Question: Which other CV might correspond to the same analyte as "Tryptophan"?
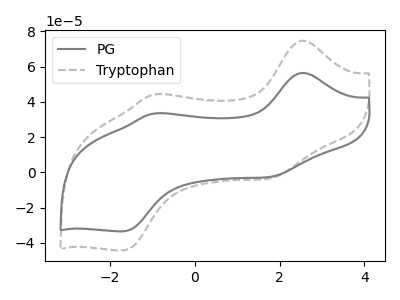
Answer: <think>The gray curve "PG" has anodic peaks at (2.50V, 56.45uA) (-0.95V, 33.45uA) and cathodic peaks at (1.80V, -2.50uA) (-1.70V, -33.50uA). The gray dashed curve "Tryptophan" has anodic peaks at (2.50V, 74.75uA) (-0.95V, 44.30uA) and cathodic peaks at (1.80V, -3.30uA) (-1.70V, -44.35uA).
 All the peaks in "PG" have a peak in "Tryptophan" at the same potential. Every peak in "PG" is lower than every peak in "Tryptophan".</think>
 <answer>The CV with the most similar shape to "PG" is "Tryptophan".</answer>
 <eval>"Tryptophan"</eval>